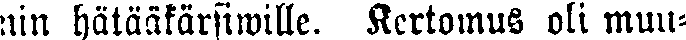
nin hätääkärsiwille. Kertomus oli muu-